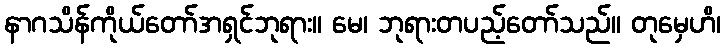
နာဂသိန်ကိုယ်တော်အရှင်ဘုရား။ မေ၊ ဘုရားတပည့်တော်သည်။ တုမှေဟိ၊